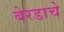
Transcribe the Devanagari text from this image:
बेरडाचे